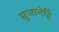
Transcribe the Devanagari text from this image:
सुजानेहि